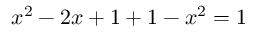
x ^ { 2 } - 2 x + 1 + 1 - x ^ { 2 } = 1